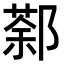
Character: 𨝛